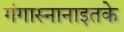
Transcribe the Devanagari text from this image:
गंगास्नानाइतके